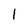
Character: 1